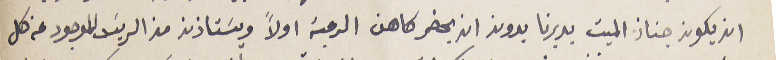
ان يكون جناز الميت بديرنا بدون ان يحضر كاهن الرعية اولاً ويسَتاذن من الريسَ الموجود عن كل